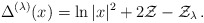
\begin{align*} \Delta^{(\lambda)}(x) = \ln|x|^2 + 2\mathcal{Z} - \mathcal{Z}_\lambda \,.\end{align*}